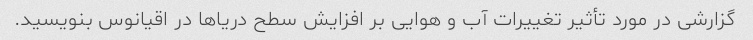
گزارشی در مورد تأثیر تغییرات آب و هوایی بر افزایش سطح دریاها در اقیانوس بنویسید.